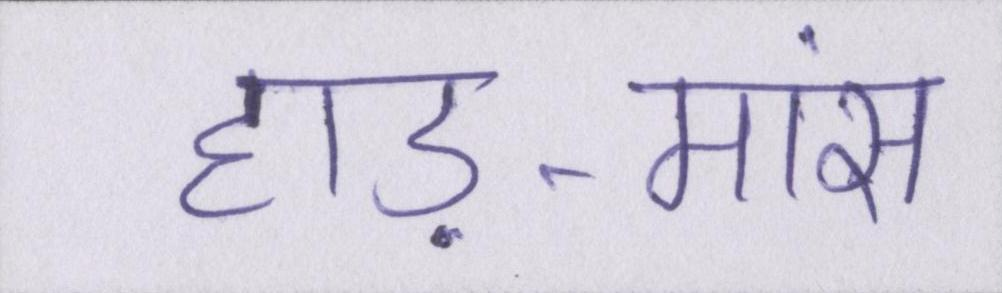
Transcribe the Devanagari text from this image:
हाड़-मांस